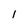
Character: 1